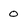
Character: 0